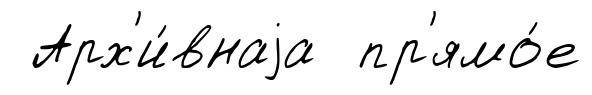
Арх'и́внаjа пр'ямо́е